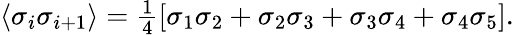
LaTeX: \begin{array}{r}{\langle\sigma_{i}\sigma_{i+1}\rangle=\frac{1}{4}\left[\sigma_{1}\sigma_{2}+\sigma_{2}\sigma_{3}+\sigma_{3}\sigma_{4}+\sigma_{4}\sigma_{5}\right].}\end{array}